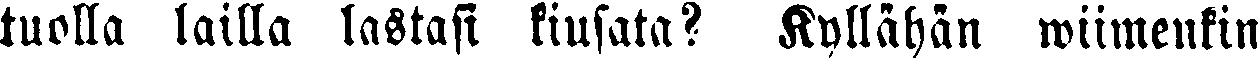
tuolla lailla lastasi kiusata? Kyllähän wiimenkin